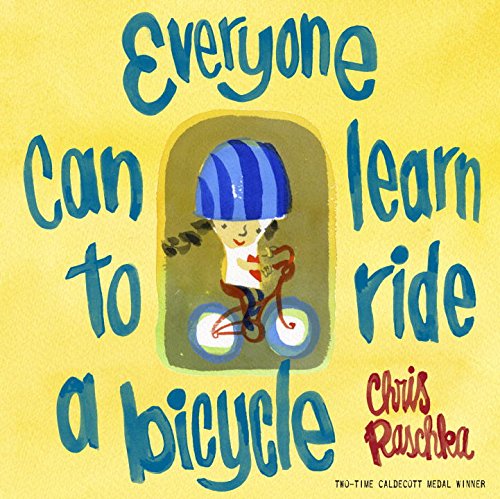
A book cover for Everyone Can Learn to Ride a Bicycle; Chris Raschka; Health, Fitness & Dieting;